Vaccination report Assam 1874-1896 - 1874-1896
Year: 1874
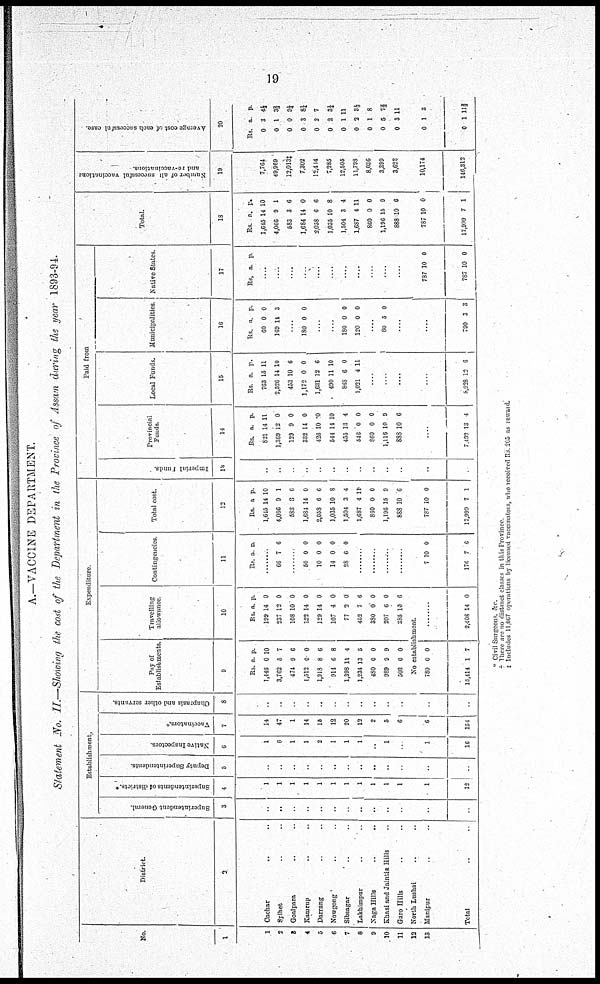
19
A.—VACCINE DEPARTMENT.
Statement No. II.—Showing the cost of the Department in the Province of Assam during the year 1893-94.
No.
1
1
2
3
4
5
6
7
8
9
10
11
12
13
District.
2
Cachar
.. ..
Sylhet .. ..
Goalpara .. ..
Kamrup .. ..
Darrang .. ..
Nowgong .. ..
Sibsagar .. ..
Lakhimpur .. ..
Naga Hills .. ..
Khasi and Jaintia Hills ..
Garo Hills .. ..
North Lushai .. ..
Manipur ..
Total .. ..
Establishment.
Superintendent General.
3
..
..
..
..
..
..
..
..
..
..
..
..
..
Superintendents of districts.*
4
1
1
1
1
1
1
1
1
1
1
1
1
12
Deputy Superintendents
5
..
..
..
..
..
..
..
..
..
..
..
..
..
Native Inspectors
6
1
6
1
1
2
1
1
1
..
1
..
1
16
Vaccinators.†
7
14
47
1
14
15
12
20
12
2
5
6
6
154
Chaprasis and other servants.
8
..
..
..
..
..
..
..
..
..
..
..
..
..
Expenditure
Pay of
Establishments.
9
Rs.
1,446
3,762
474
1,512
1,918
914
1,398
1,234
480
989
503
a.
0
5
9
0
8
6
11
13
0
9
0
p.
10
7
6
0
6
8
4
5
0
9
0
Travelling
allowance
10
Rs.
199
237
108
122
129
107
77
452
380
207
385
a.
14
12
10
14
14
4
2
7
0
6
10
p.
0
0
0
0
0
0
0
6
0
0
6
No establishment
780
15,414
0
1
0
7
........
2,408 14 0
Contingencies
11
Rs. a. p.
........
66 7 6
........
50
10
14
28
0
0
0
6
0
0
0
0
......
......
......
......
7
176
10
7
0
6
Total cost.
12
Rs.
1,615
4,066
583
1,681
2,053
1,035
1,504
1,687
860
1,196
888
a
14
9
3
14
6
10
3
4
0
15
10
p.
10
1
6
0
6
8
4
11
0
9
6
787
17,999
10
7
0
1
Paid from
Imperial Funds.
13
..
..
..
..
..
..
..
..
..
..
..
..
Provincial
Funds.
14
Rs.
821
1,369
129
332
426
544
455
546
860
1,116
888
a
14
12
9
14
10
14
13
0
0
10
10
p.
11
0
0
0
10
10
4
0
0
9
6
....
7,492 13 4
Local Funds.
15
Rs.
763
2,526
453
1,172
1,631
490
808
1,021
a.
15
14
10
0
12
11
6
4
p.
11
10
6
0
6
10
0
11
....
....
....
....
8,028 13 6
Municipalities
16
Rs.
60
169
a.
0
14
p.
0
3
....
180 0 0
....
....
180
120
0
0
0
0
....
80 5 0
....
....
790 3 3
Native States
17
Rs. a. p.
....
....
....
....
....
....
....
....
....
....
787
787
10
10
0
0
Total.
18
Rs.
1,645
4,066
583
1,684
2,058
1,035
1,504
1,687
860
1,196
888
a.
14
9
3
14
6
10
3
4
0
15
10
p.
10
1
6
0
6
8
4
11
0
9
6
787
17,999
10
7
0
1
Number of all successful vaccinations
and re-vaccinations.
19
7,764
49,969
12,013‡
7,302
12,414
7,285
12,505
11,793
8,036
3,399
3,623
10,174
146,312
Average cost of each successful case.
20
Rs.
0
0
0
0
0
0
0
0
0
0
0
a.
3
1
0
3
2
2
1
2
1
5
3
p.
4½
3⅔
9¼
8¼
7
3⅓
11
3½
8
7⅓
11
0
0
1
1
3
11⅔
* Civil Surgeons. &c.
† There are no distinct classes in this Province
‡ Includes 11,067 operations by licensed vaccinators, who recorved Rs.205 as reward.